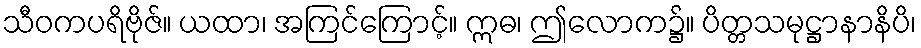
သီဝကပရိဗိုဇ်။ ယထာ၊ အကြင်ကြောင့်။ ဣဓ၊ ဤလောက၌။ ပိတ္တသမုဋ္ဌာနာနိပိ၊